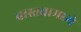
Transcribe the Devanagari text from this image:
वास्तवामध्ये